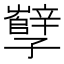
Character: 孼